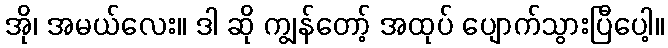
အို၊ အမယ်လေး။ ဒါ ဆို ကျွန်တော့် အထုပ် ပျောက်သွားပြီပေါ့။